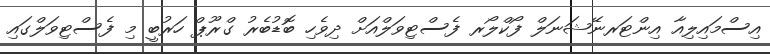
އިސްމައިލިއާ އިންޓަރނޭޝަނަލް ފޯކްލޯރ ފެސްޓިވަލްއަށް ދިވެހި ބޮޑުބެރު ގްރޫޕް ހަރުބީ މި ފެސްޓިވަލްގައި